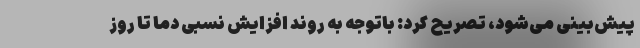
پیش‌بینی می‌شود، تصریح کرد: باتوجه به روند افزایش نسبی دما تا روز